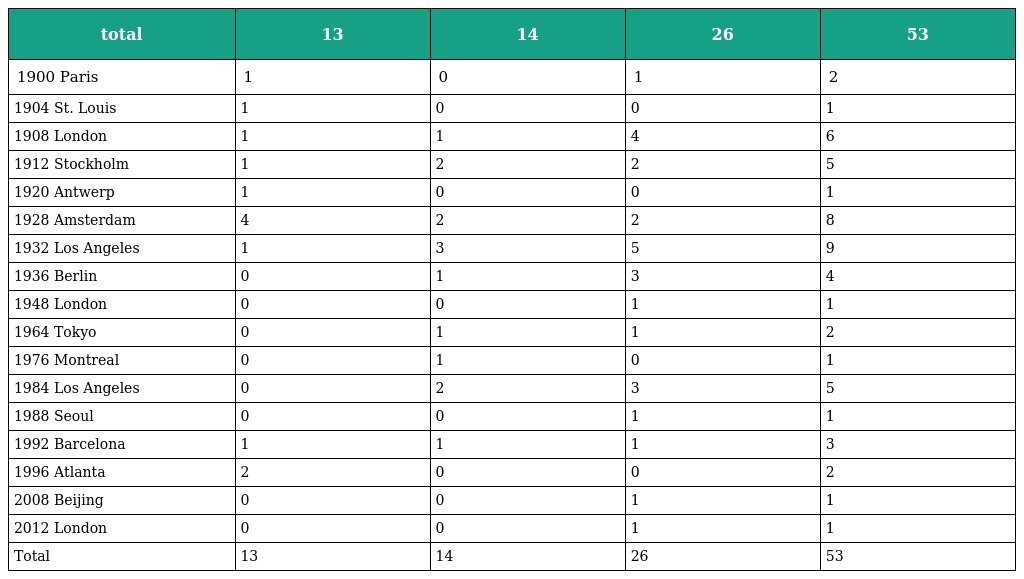
| total | 13 | 14 | 26 | 53 |
 | --- | --- | --- | --- | --- |
 | 1900 Paris | 1 | 0 | 1 | 2 |
 | 1904 St. Louis | 1 | 0 | 0 | 1 |
 | 1908 London | 1 | 1 | 4 | 6 |
 | 1912 Stockholm | 1 | 2 | 2 | 5 |
 | 1920 Antwerp | 1 | 0 | 0 | 1 |
 | 1928 Amsterdam | 4 | 2 | 2 | 8 |
 | 1932 Los Angeles | 1 | 3 | 5 | 9 |
 | 1936 Berlin | 0 | 1 | 3 | 4 |
 | 1948 London | 0 | 0 | 1 | 1 |
 | 1964 Tokyo | 0 | 1 | 1 | 2 |
 | 1976 Montreal | 0 | 1 | 0 | 1 |
 | 1984 Los Angeles | 0 | 2 | 3 | 5 |
 | 1988 Seoul | 0 | 0 | 1 | 1 |
 | 1992 Barcelona | 1 | 1 | 1 | 3 |
 | 1996 Atlanta | 2 | 0 | 0 | 2 |
 | 2008 Beijing | 0 | 0 | 1 | 1 |
 | 2012 London | 0 | 0 | 1 | 1 |
 | Total | 13 | 14 | 26 | 53 |